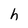
Character: h